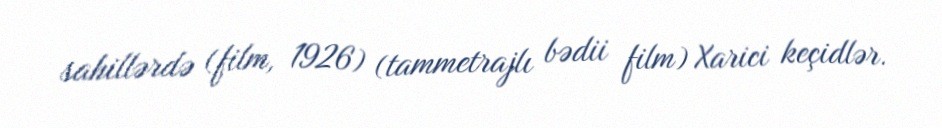
sahillərdə (film, 1926) (tammetrajlı bədii film) Xarici keçidlər.